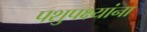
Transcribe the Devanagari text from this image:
पशुपक्ष्यांना